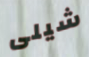
شيلى